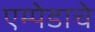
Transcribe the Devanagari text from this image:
एम्पेडाचे